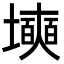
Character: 㙽